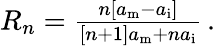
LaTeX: \begin{array}{r}{R_{n}=\frac{n[a_{\mathrm{m}}-a_{\mathrm{i}}]}{[n+1]a_{\mathrm{m}}+na_{\mathrm{i}}}\, .}\end{array}